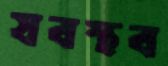
যবস্থব